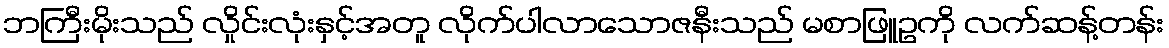
ဘကြီးမိုးသည် လှိုင်းလုံးနှင့်အတူ လိုက်ပါလာသောဇနီးသည် မစာဖြူဥကို လက်ဆန့်တန်း